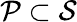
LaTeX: \mathcal P\subset\mathcal S